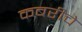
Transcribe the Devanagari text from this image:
कबरीचे